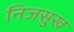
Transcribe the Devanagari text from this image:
निजसुख